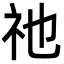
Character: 祂